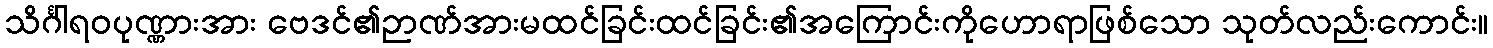
သိင်္ဂါရဝပုဏ္ဏားအား ဗေဒင်၏ဉာဏ်အားမထင်ခြင်းထင်ခြင်း၏အကြောင်းကိုဟောရာဖြစ်သော သုတ်လည်းကောင်း။